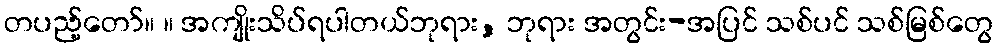
တပည့်တော်။ ။ အကျိုးသိပ်ရပါတယ်ဘုရား, ဘုရား အတွင်း-အပြင် သစ်ပင် သစ်မြစ်တွေ